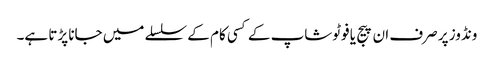
ونڈوز پر صرف ان پیج یا فوٹوشاپ کے کسی کام کے سلسلے میں جانا پڑتا ہے۔